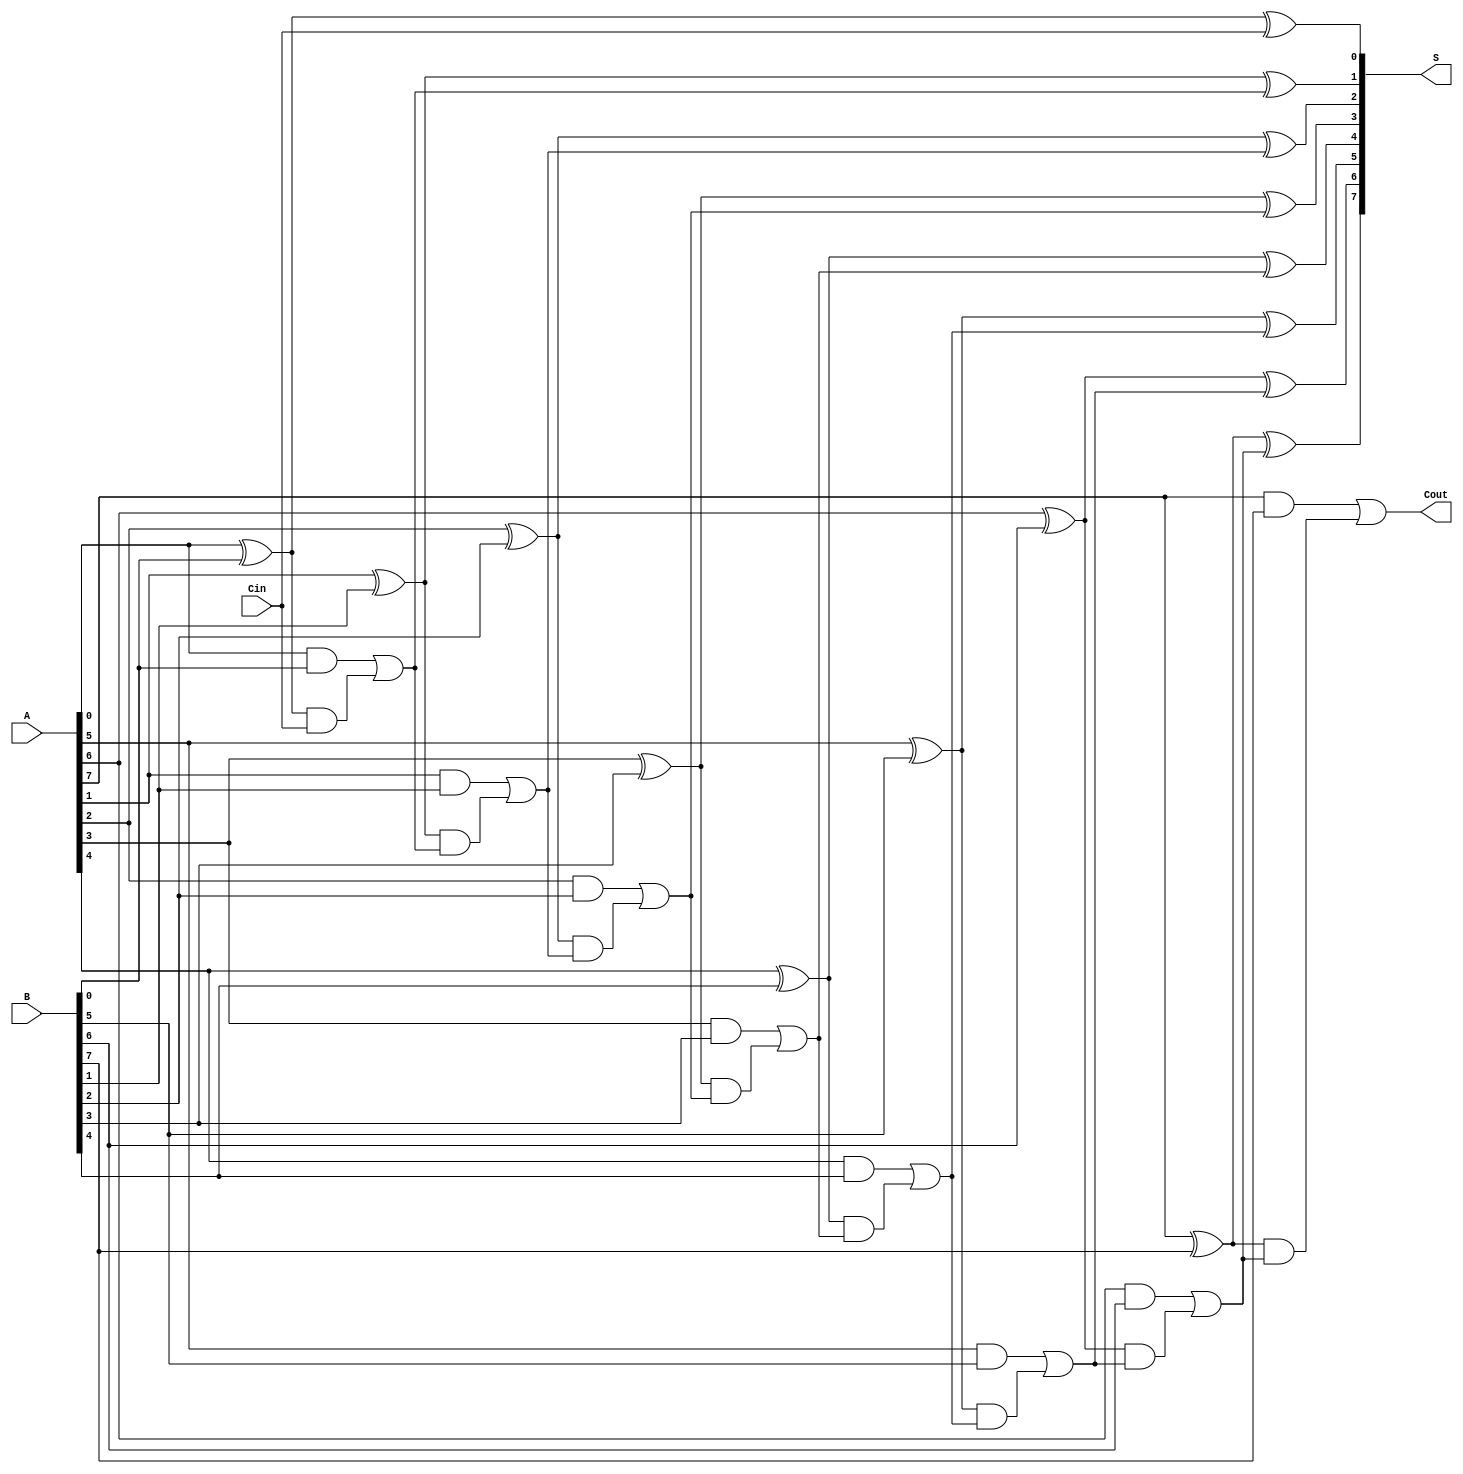
module han_carlson_adder #(parameter n = 8) (
    input  [n-1:0] A,    // First operand
    input  [n-1:0] B,    // Second operand
    input          Cin,   // Carry-in
    output [n-1:0] S,     // Sum output
    output         Cout    // Carry-out
);

    wire [n-1:0] G;  // Generate signals
    wire [n-1:0] P;  // Propagate signals
    wire [n:0] C;    // Carry signals

    // Generate and Propagate calculations
    genvar i;
    generate
        for (i = 0; i < n; i = i + 1) begin : gen_prop
            assign G[i] = A[i] & B[i];       // Generate
            assign P[i] = A[i] ^ B[i];       // Propagate
        end
    endgenerate

    // Carry generation
    assign C[0] = Cin; // Initial carry-in
    generate
        for (i = 1; i <= n; i = i + 1) begin : carry_gen
            assign C[i] = G[i-1] | (P[i-1] & C[i-1]); // Carry-out calculation
        end
    endgenerate

    // Sum computation
    generate
        for (i = 0; i < n; i = i + 1) begin : sum_comp
            assign S[i] = P[i] ^ C[i]; // Sum calculation
        end
    endgenerate

    // Final carry-out
    assign Cout = C[n]; // Carry-out from the last carry signal

endmodule